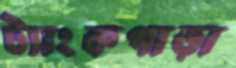
ট্যাংকপাড়া